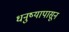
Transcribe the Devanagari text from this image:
धनुष्यापासून